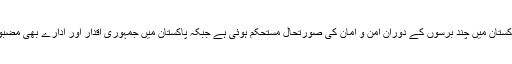
انکے بقول پاکستان میں چند برسوں کے دوران امن و امان کی صورتحال مستحکم ہوئی ہے جبکہ پاکستان میں جمہوری اقدار اور ادارے بھی مضبوط ہوئے ہیں۔